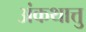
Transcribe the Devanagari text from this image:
अंकथात्तु